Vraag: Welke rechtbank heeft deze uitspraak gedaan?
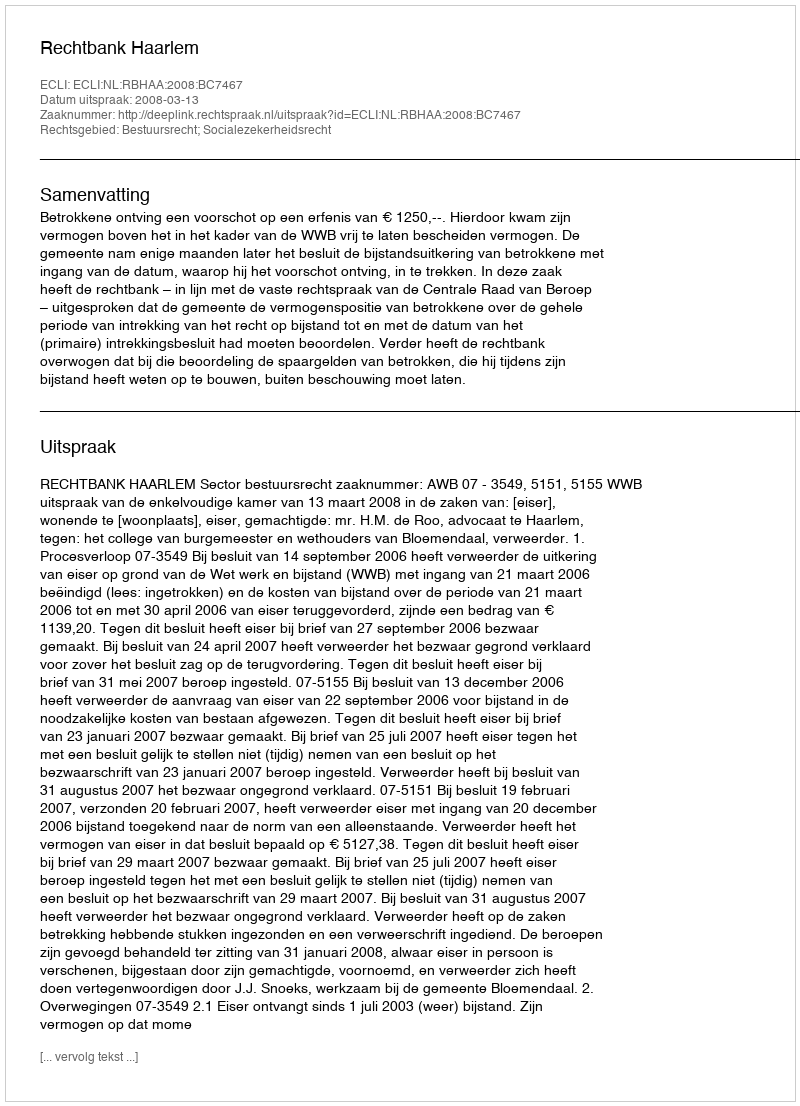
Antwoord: Rechtbank Haarlem